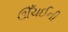
ઊઁચઈની